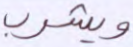
ويشرب